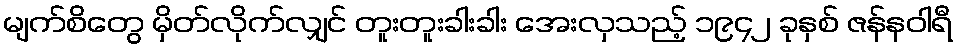
မျက်စိတွေ မှိတ်လိုက်လျှင် တူးတူးခါးခါး အေးလှသည့် ၁၉၄၂ ခုနှစ် ဇန်နဝါရီ